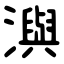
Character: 㵰